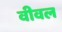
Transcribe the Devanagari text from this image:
वीवल